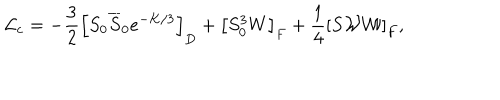
{ \cal L } _ { \mathrm { c } } = - { \frac { 3 } { 2 } } \left[ S _ { 0 } \overline { { S } } _ { 0 } e ^ { - { K / 3 } } \right] _ { D } + \left[ S _ { 0 } ^ { 3 } W \right] _ { F } + { \frac { 1 } { 4 } } \left[ S { \cal W W } \right] _ { F } ,